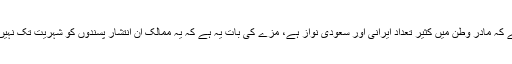
بدقسمتی ہے کہ مادر وطن میں کثیر تعداد ایرانی اور سعودی نواز ہے، مزے کی بات یہ ہے کہ یہ ممالک ان انتشار پسندوں کو شہریت تک نہیں دیتے ہیں۔